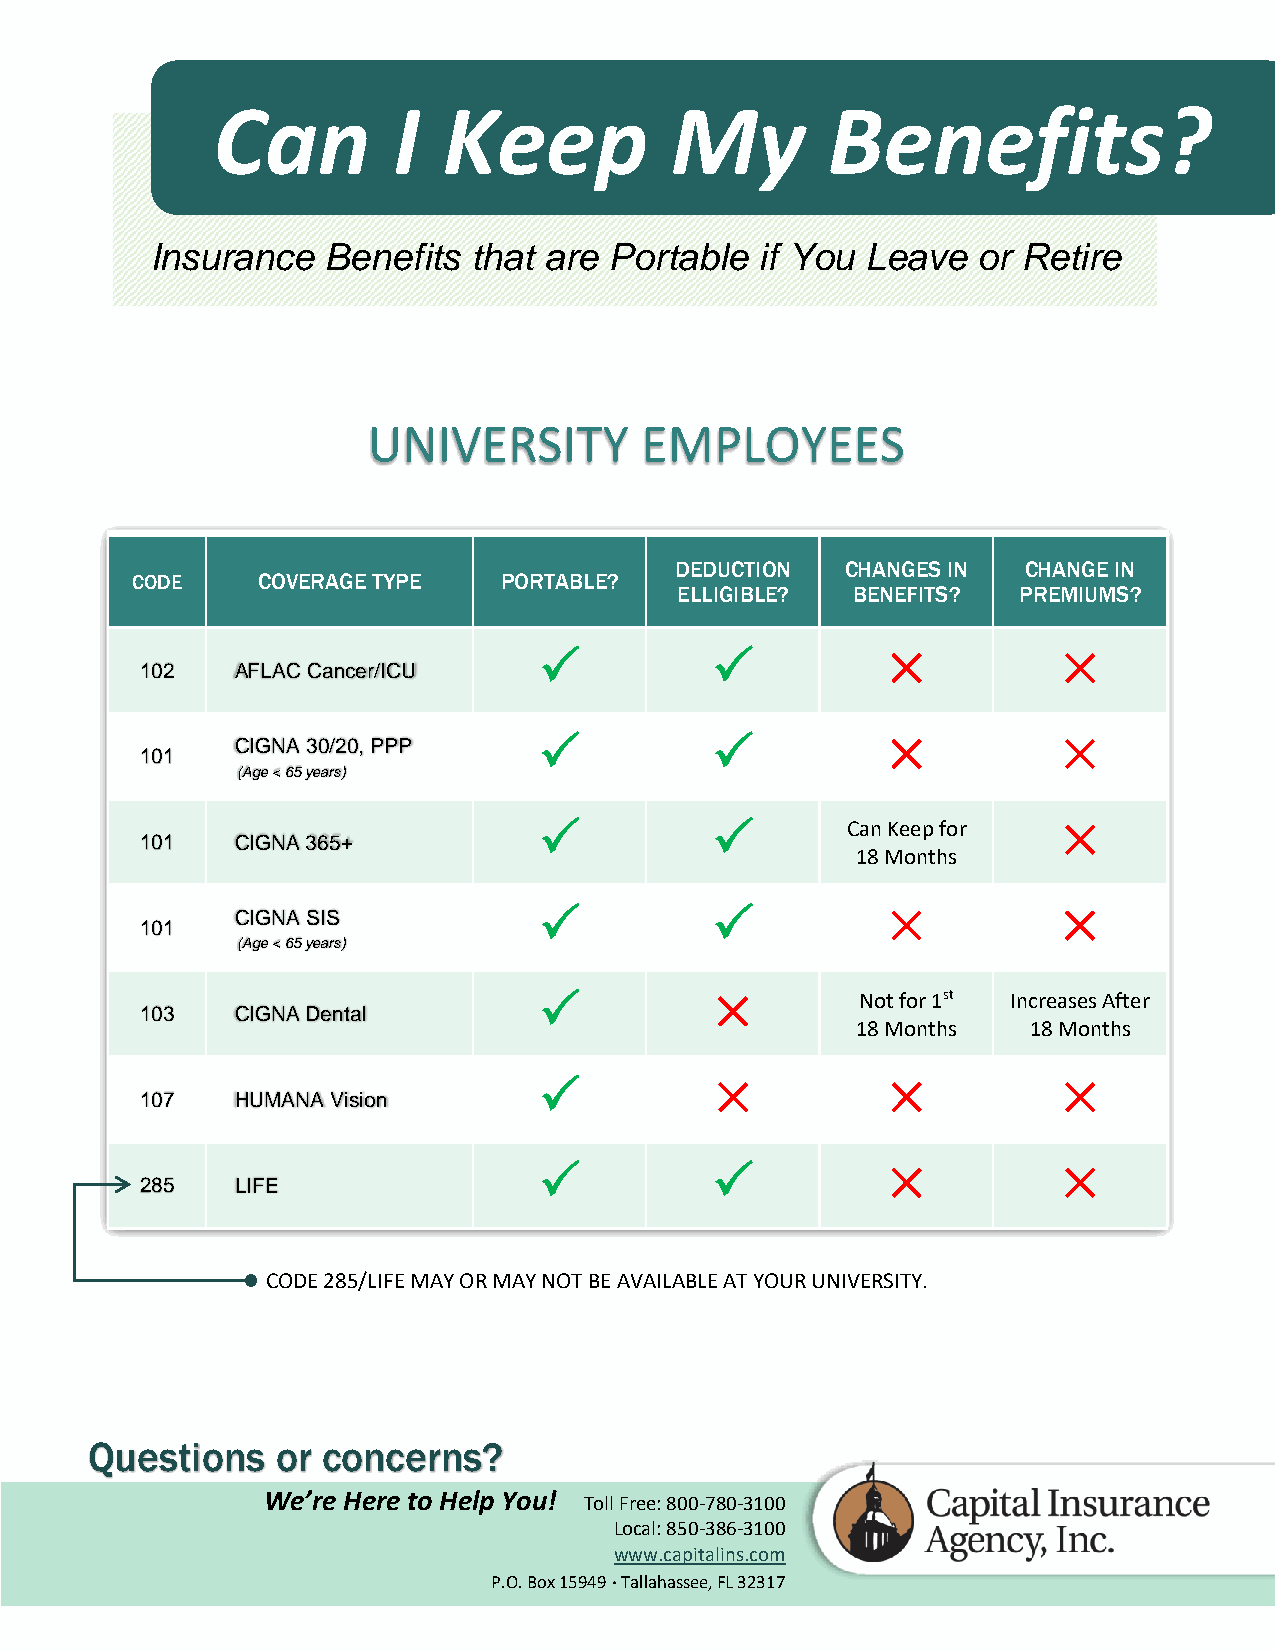
Can         I  Keep           My         Benefits?
 Insurance   Benefits that are Portable  if You Leave   or Retire
 UNIVERSITY        EMPLOYEES
 DEDUCTION  CHANGES IN  CHANGE IN
 CODE    COVERAGE TYPE   PORTABLE?
 ELLIGIBLE? BENEFITS?  PREMIUMS?
                                
 102    AFLAC Cancer/ICU
 CIGNA 30/20, PPP
                                
 101
 (Age < 65 years)
                   Can Keep for  
 101    CIGNA 365+
 18 Months
                                
 CIGNA SIS
 101
 (Age < 65 years)
                    Not for 1st Increases After
 103    CIGNA Dental
 18 Months  18 Months
                                
 107    HUMANA Vision
                                
 285    LIFE
 CODE 285/LIFE MAY OR MAY NOT BE AVAILABLE AT YOUR UNIVERSITY.
 Questions   or concerns?
 We’re Here to Help You!
 Toll Free: 800-780-3100
 Local: 850-386-3100
 www.capitalins.com
 P.O. Box 15949  Tallahassee, FL 32317